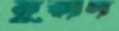
মুরাদ